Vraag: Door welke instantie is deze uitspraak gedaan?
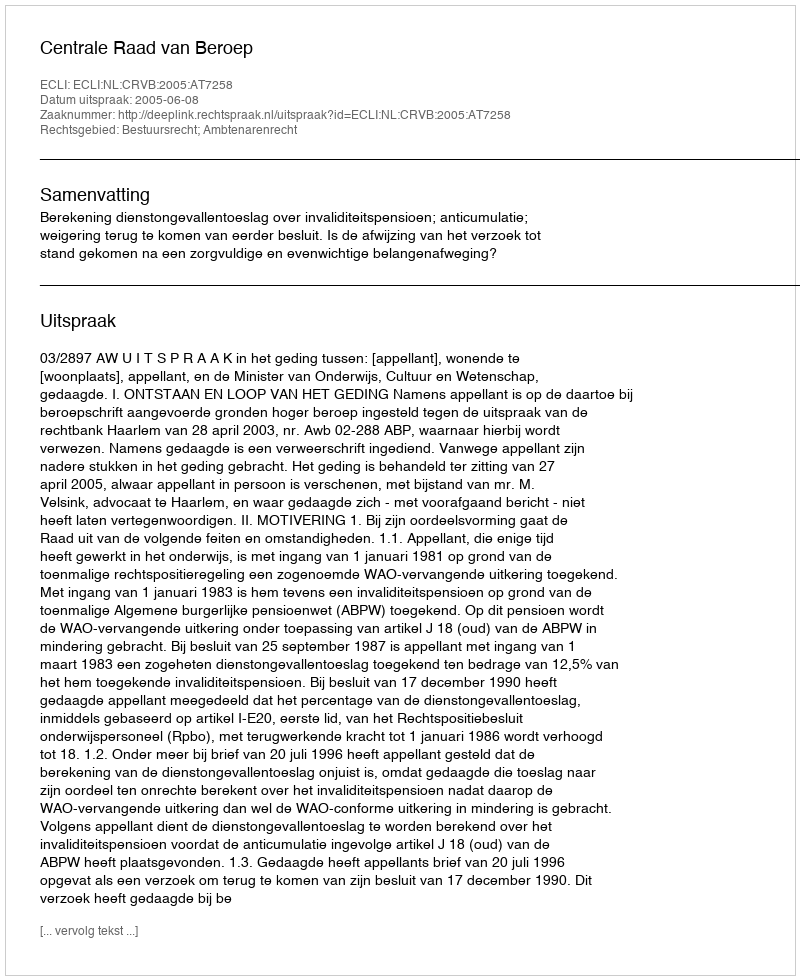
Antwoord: Centrale Raad van Beroep